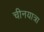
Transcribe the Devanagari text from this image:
चीनयात्रा